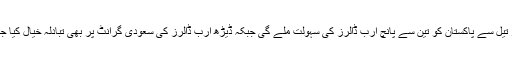
ادھار تیل سے پاکستان کو تین سے پانچ ارب ڈالرز کی سہولت ملے گی جبکہ ڈیڑھ ارب ڈالرز کی سعودی گرانٹ پر بھی تبادلہ خیال کیا جائیگا۔